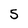
Character: 5